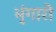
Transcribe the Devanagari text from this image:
भृंगारी